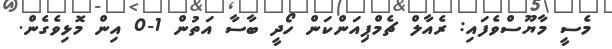
މެސީ މާޔޫސްވެފައި: ރެއާލް ޗެމްޕިއަންކަން ހޯދީ ބާސާ އަތުން 1-0 އިން މޮޅިވެގެން.